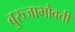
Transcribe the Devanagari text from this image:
बुरुजाभोवती